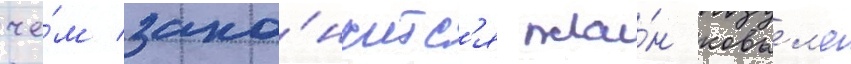
че́м зако́нчитс'я пла́н ковьел'я